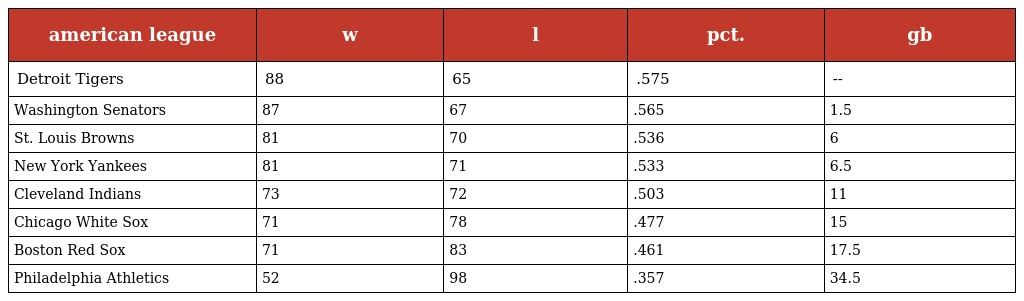
| american league | w | l | pct. | gb |
 | --- | --- | --- | --- | --- |
 | Detroit Tigers | 88 | 65 | .575 | -- |
 | Washington Senators | 87 | 67 | .565 | 1.5 |
 | St. Louis Browns | 81 | 70 | .536 | 6 |
 | New York Yankees | 81 | 71 | .533 | 6.5 |
 | Cleveland Indians | 73 | 72 | .503 | 11 |
 | Chicago White Sox | 71 | 78 | .477 | 15 |
 | Boston Red Sox | 71 | 83 | .461 | 17.5 |
 | Philadelphia Athletics | 52 | 98 | .357 | 34.5 |